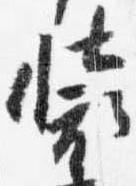
装